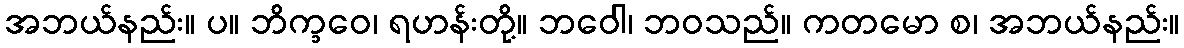
အဘယ်နည်း။ ပ။ ဘိက္ခဝေ၊ ရဟန်းတို့။ ဘဝေါ၊ ဘဝသည်။ ကတမော စ၊ အဘယ်နည်း။